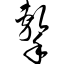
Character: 击